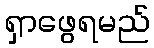
ရှာဖွေရမည်